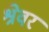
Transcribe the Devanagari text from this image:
श्रेवर